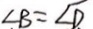
\angle B = \angle D